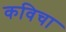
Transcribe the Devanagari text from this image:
कविचा